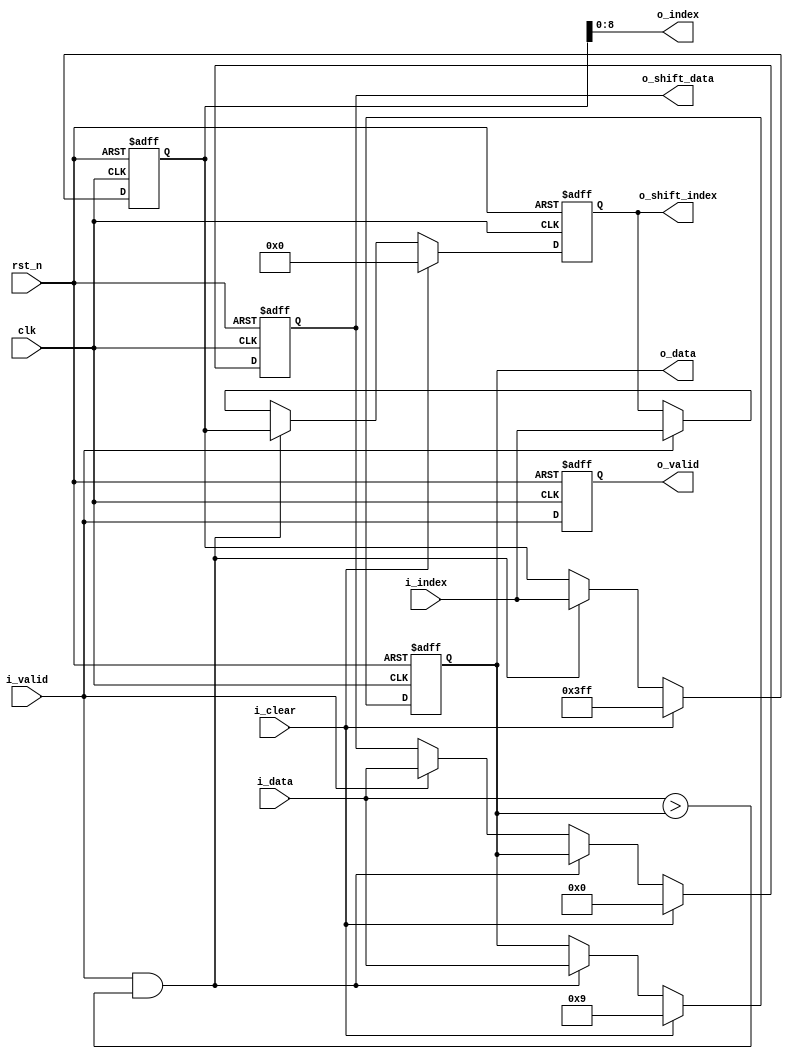
module sort_pe #(
//    parameter TOP_K_NUMBER = 30,
    parameter DATA_WIDTH = 4,
    parameter INDEX_WIDTH = 9
    )(
    input clk,
    input rst_n,
    input i_valid,
    input [DATA_WIDTH-1:0] i_data,
    input [(INDEX_WIDTH+1)-1:0] i_index,
    input i_clear,
    output reg o_valid,
    output reg [DATA_WIDTH-1:0] o_shift_data,
    output reg [(INDEX_WIDTH+1)-1:0] o_shift_index,
    output [DATA_WIDTH-1:0] o_data,
    output [INDEX_WIDTH-1:0] o_index
    );
//    localparam signed BOUNDARY = 4'b0;
    localparam signed BOUNDARY = 4'b1001;
    reg [DATA_WIDTH-1:0] r_data; // temporary max value
    reg [(INDEX_WIDTH+1)-1:0] r_index;
    
    always @(posedge clk or negedge rst_n) begin
        if(rst_n == 1'b0) begin
            o_valid <= 'b0;
        end
        else begin
            o_valid <= i_valid;
        end
    end
    
    always @(posedge clk or negedge rst_n) begin
        if(rst_n == 1'b0) begin
            r_data <= BOUNDARY; // 应该初始化为数据范围的下界
            r_index <= {(INDEX_WIDTH+1){1'b1}};
            o_shift_data <= 'b0;
            o_shift_index <= 'b0;
        end
        else if(i_clear) begin
            r_data <= BOUNDARY; // 应该初始化为数据范围的下界
            r_index <= {(INDEX_WIDTH+1){1'b1}};
            o_shift_data <= 'b0;
            o_shift_index <= 'b0;
        end
        else if(i_valid & ($signed(i_data) > $signed(r_data))) begin
            r_data <= i_data;
            r_index <= i_index;
            o_shift_data <= r_data;
            o_shift_index <= r_index;
        end
        else if(i_valid) begin
            r_data <= r_data;
            r_index <= r_index;
            o_shift_data <= i_data;
            o_shift_index <= i_index;
        end
    end
    
    assign o_data = r_data;
    assign o_index = r_index[INDEX_WIDTH-1:0];
    
endmodule